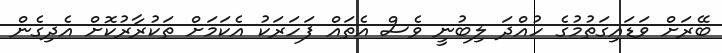
ބޭރަށް ވަޑައިގަތުމުގެ ހުއްދަ ލިބުނީ ވެސް އެތައް ފަހަރަކު އެކަމަށް ތަކުރާރުކޮށް އެދިގެން